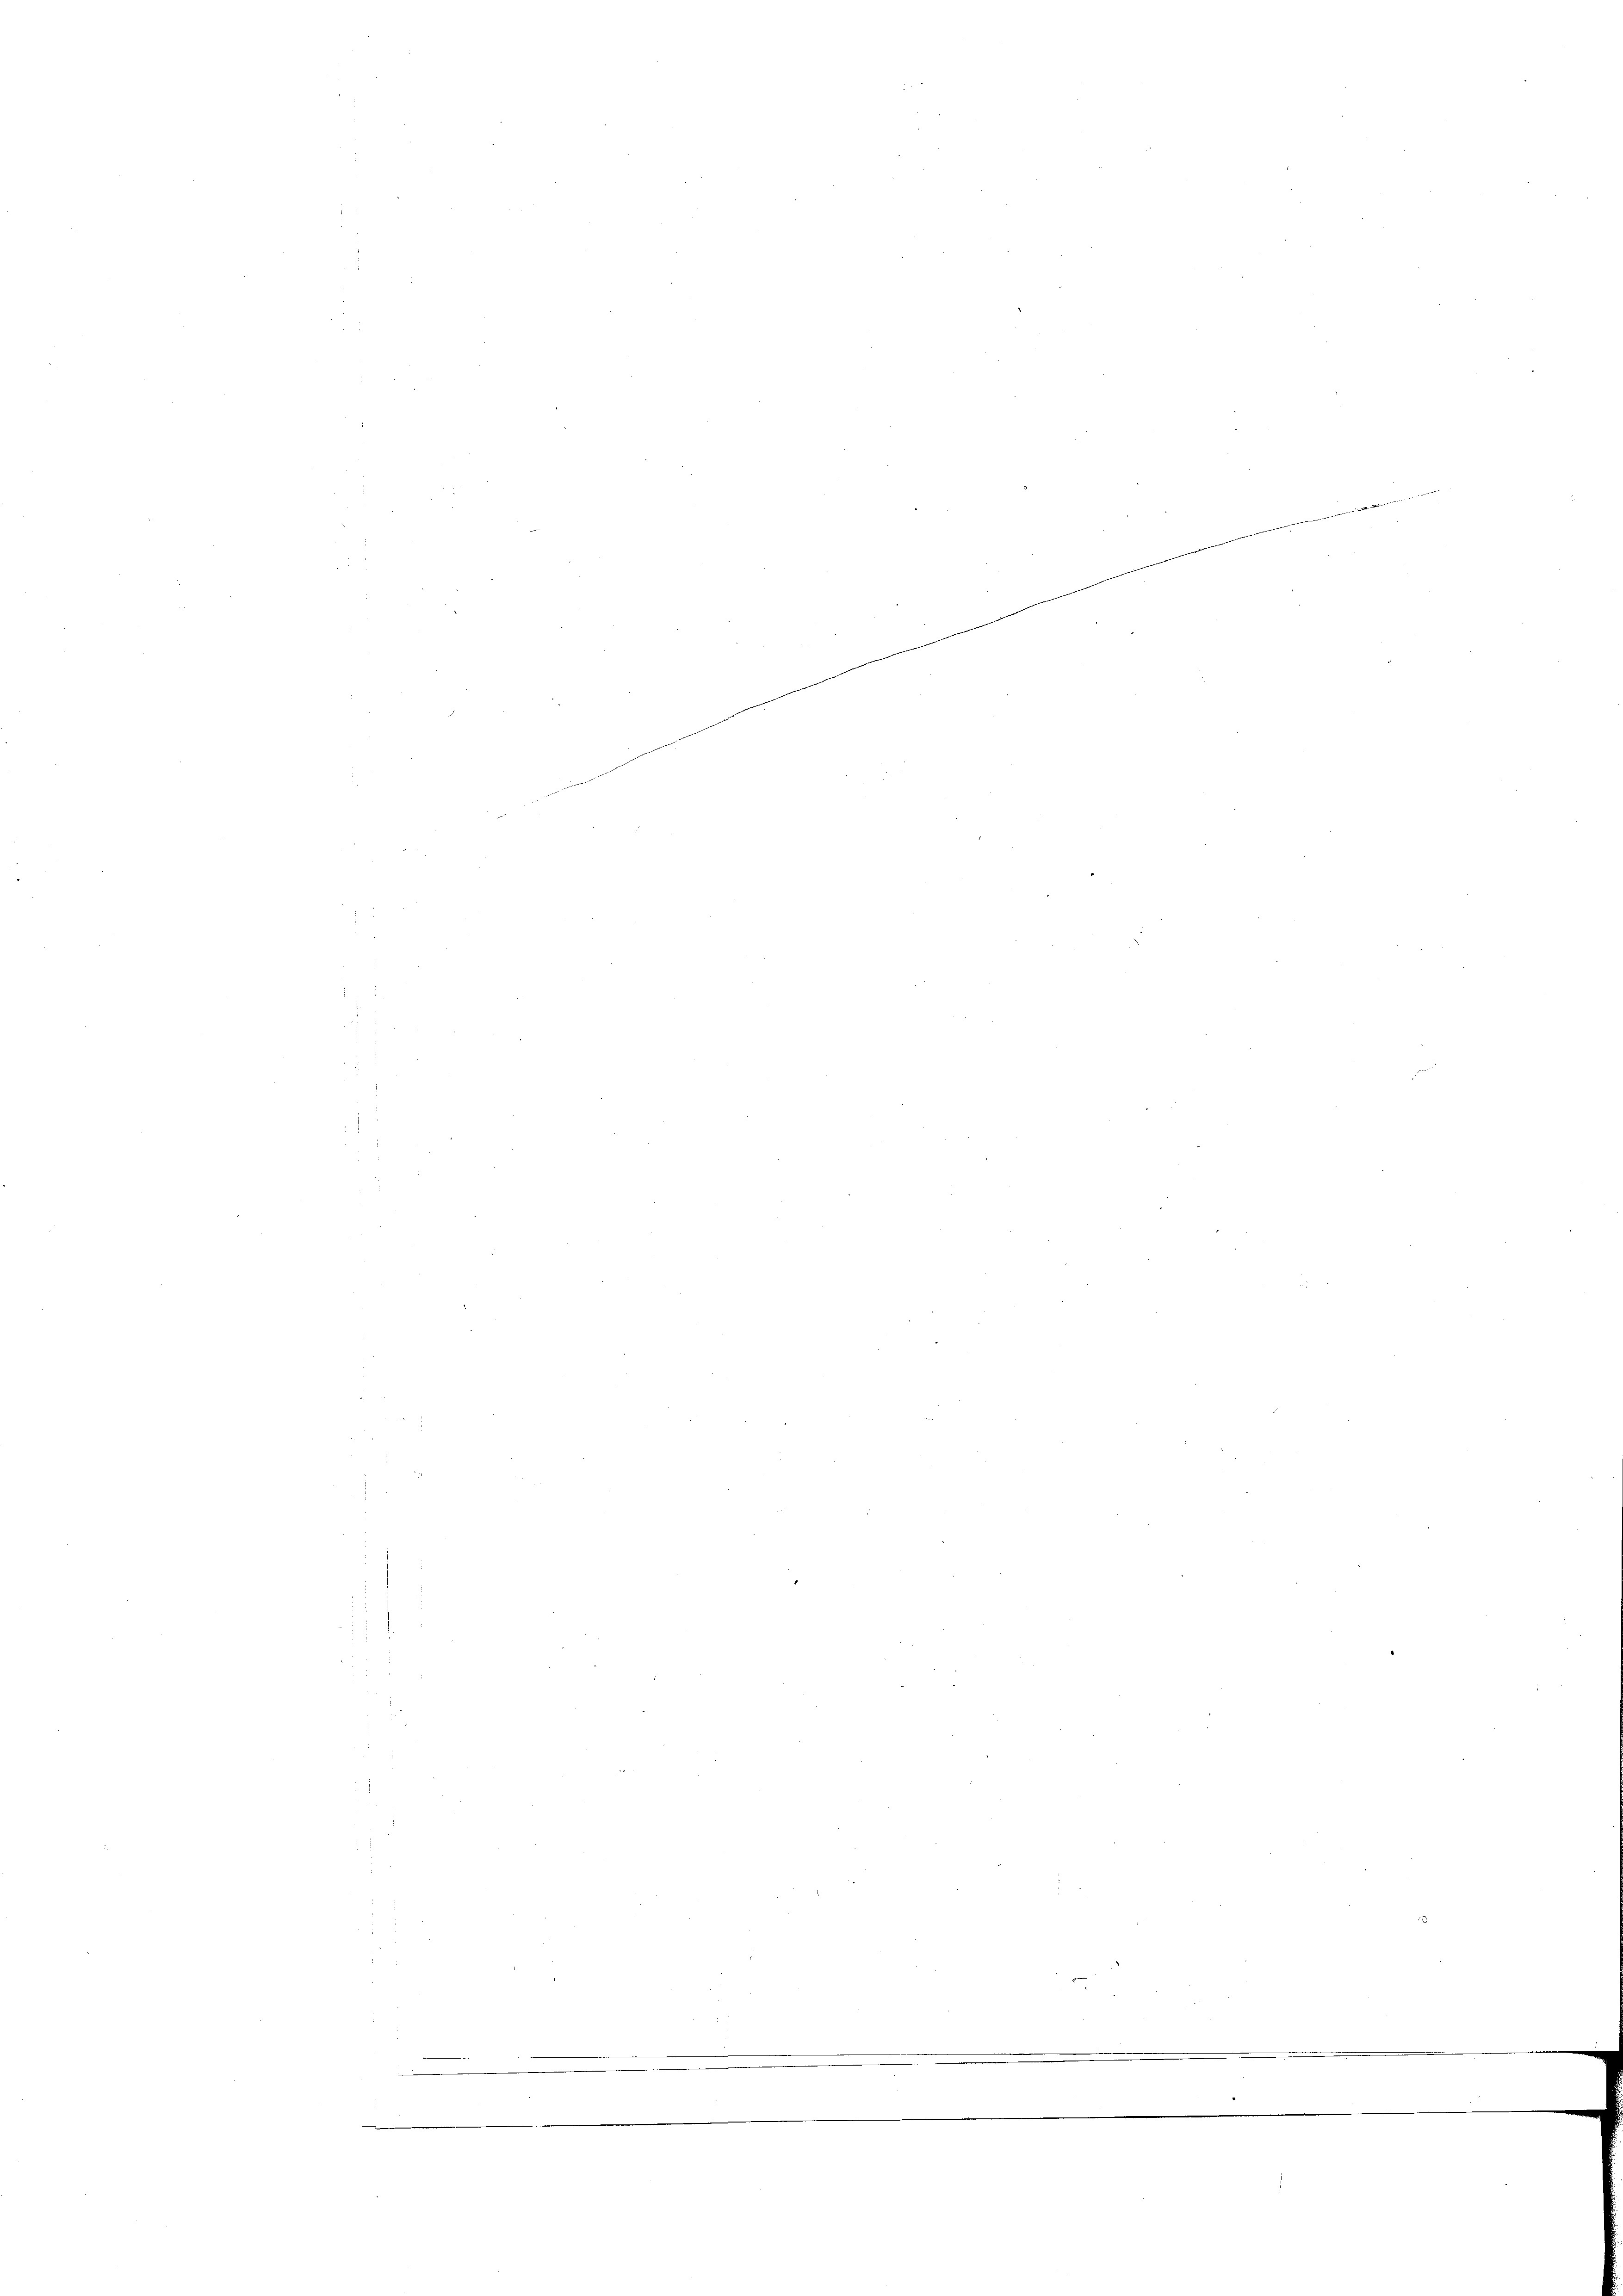
n
11 f

d
.
n
s
.
.
e
n
.

.